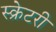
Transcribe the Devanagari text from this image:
स्क्रेटरी